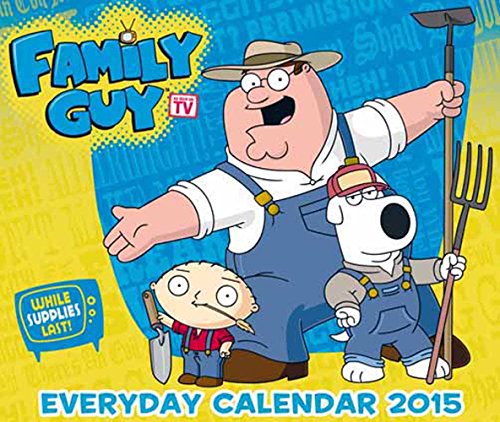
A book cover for Official Family Guy Desk Block Calendar 2015; Calendars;